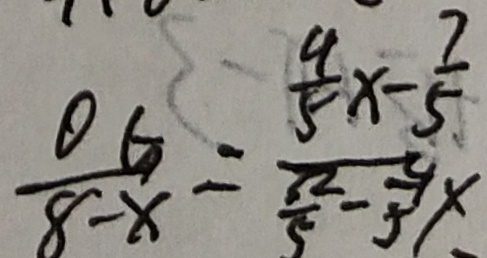
\frac { O G } { 8 - x } = \frac { \frac { 4 } { 5 } x - \frac { 7 } { 5 } } { \frac { 1 2 } { 5 } - \frac { 4 } { 5 } x }